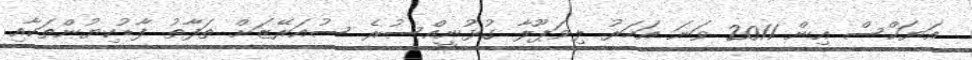
އަޔަކްސް އިން 2011 ވަނަ އަހަރު ލިވަޕޫލާ ގުޅުނީއްސުރެ ސުއަރޭޒަށް ތަފާތު ފާޑުކިޔުންތަކާއި